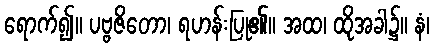
ရောက်၍။ ပဗ္ဗဇိတော၊ ရဟန်းပြု၏။ အထ၊ ထိုအခါ၌။ နံ၊